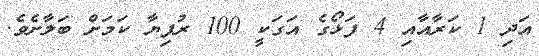
އަދި 1 ކަރާއާއި 4 ފަޅޯގެ އަގަކީ 100 ރުފިޔާ ކަމަށް ބަލާށެވެ.